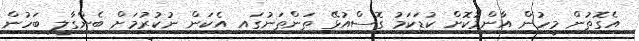
އެގޮތުން މީހުން އާންމުކޮށް ކުޑަކަމު ގޮސްއުޅޭ ތަންތަނުގައި އެކަން ނުކުރުމަށް ބެންގާލީ ބަހުން